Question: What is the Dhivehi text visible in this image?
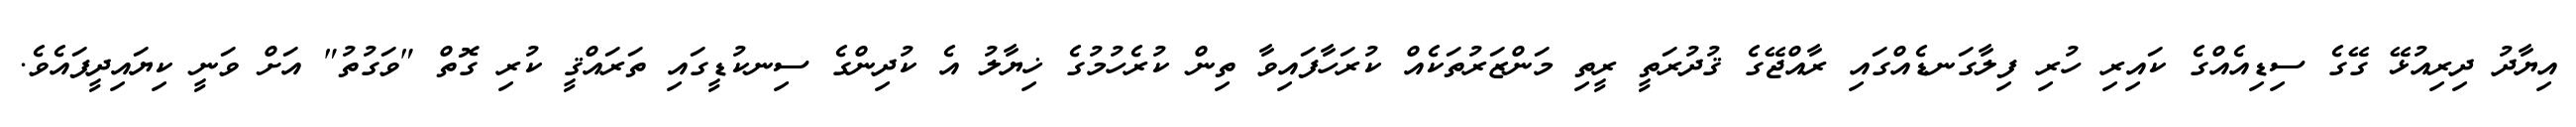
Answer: އިޔާދު ދިރިއުޅޭ ގޭގެ ސިޑިއެއްގެ ކައިރި ހުރި ފިލާގަނޑެއްގައި ރާއްޖޭގެ ޤުދުރަތީ ރީތި މަންޒަރުތަކެއް ކުރަހާފައިވާ ތިން ކުރެހުމުގެ ޚިޔާލު އެ ކުދިންގެ ސިނކުޑީގައި ތަރައްޤީ ކުރި ގޮތް "ވަގުތު" އަށް ވަނީ ކިޔައިދީފައެވެ.